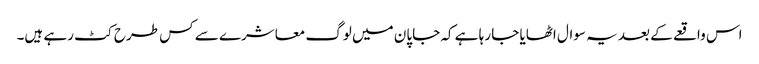
اس واقعے کے بعد یہ سوال اٹھایا جا رہا ہے کہ جاپان میں لوگ معاشرے سے کس طرح کٹ رہے ہیں۔